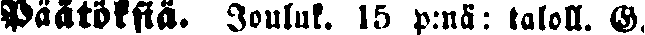
Päätöksiä. Jouluk. 15 p:nä taloll. G.